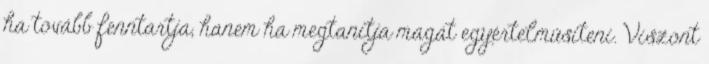
ha tovább fenntartja, hanem ha megtanítja magát egyértelműsíteni. Viszont